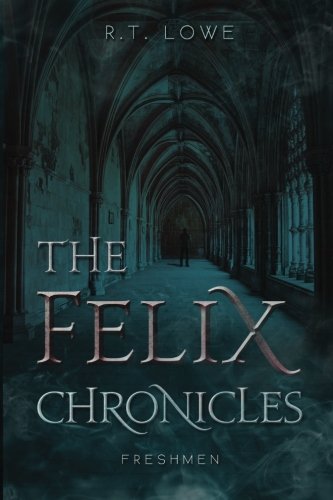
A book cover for The Felix Chronicles: Freshmen; R.T. Lowe; Science Fiction & Fantasy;